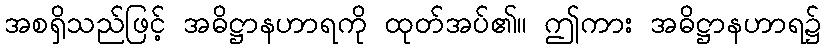
အစရှိသည်ဖြင့် အဓိဋ္ဌာနဟာရကို ထုတ်အပ်၏။ ဤကား အဓိဋ္ဌာနဟာရ၌